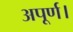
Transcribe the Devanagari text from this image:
अपूर्ण।